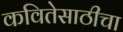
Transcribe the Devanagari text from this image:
कवितेसाठीचा